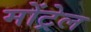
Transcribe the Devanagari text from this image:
मोंट्रेल